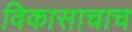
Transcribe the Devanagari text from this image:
विकासाचाच